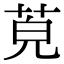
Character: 𦯜